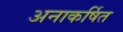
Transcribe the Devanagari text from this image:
अनाकर्षित